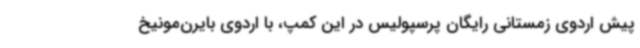
پیش اردوی زمستانی رایگان پرسپولیس در این کمپ، با اردوی بایرن‌مونیخ